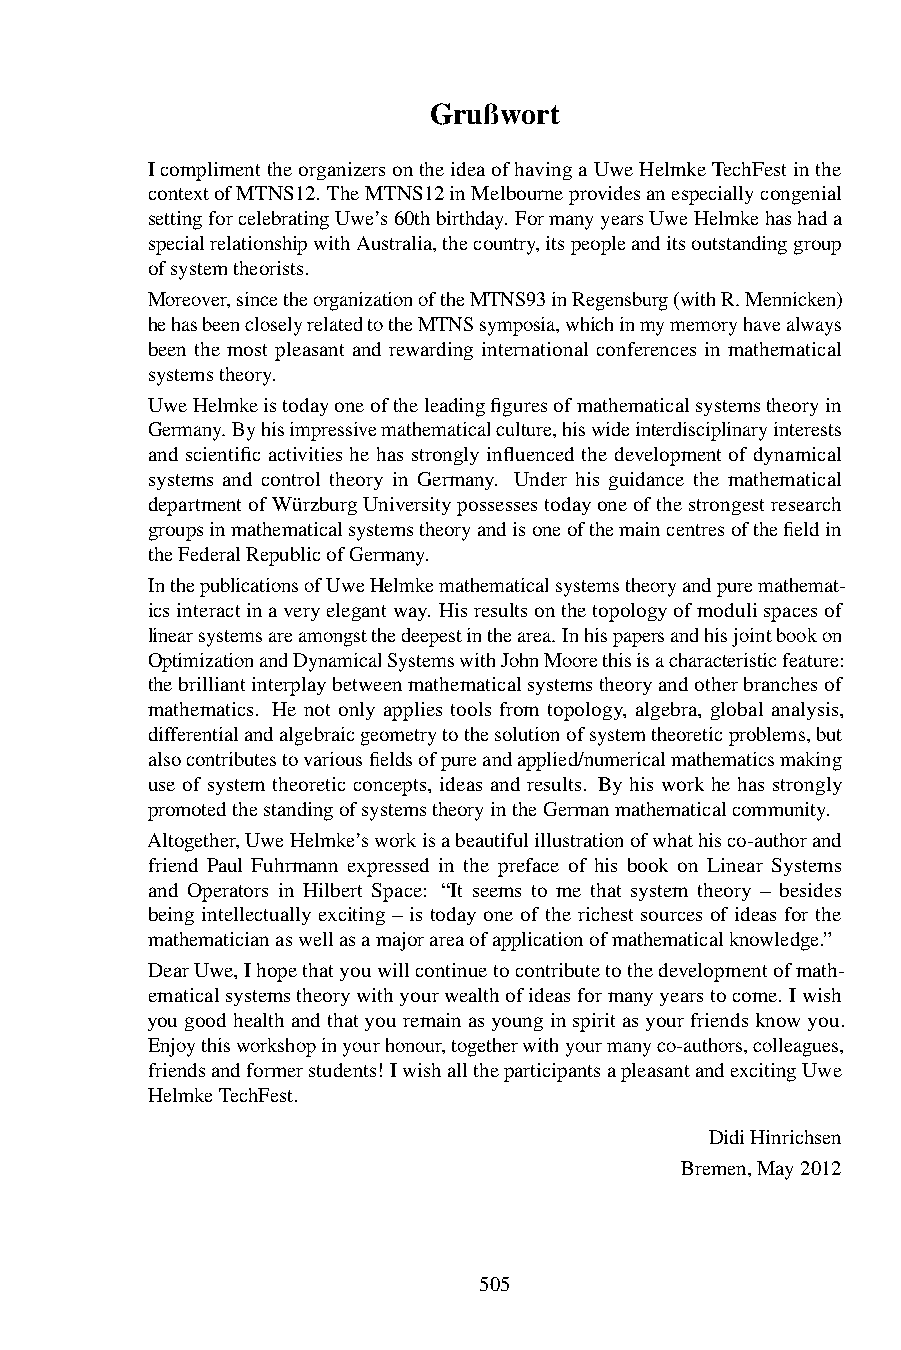
Grußwort
 IcomplimenttheorganizersontheideaofhavingaUweHelmkeTechFestinthe
 contextofMTNS12. TheMTNS12inMelbourneprovidesanespeciallycongenial
 settingforcelebratingUwe’s60thbirthday. FormanyyearsUweHelmkehashada
 specialrelationshipwithAustralia,thecountry,itspeopleanditsoutstandinggroup
 ofsystemtheorists.
 Moreover,sincetheorganizationoftheMTNS93inRegensburg(withR.Mennicken)
 hehasbeencloselyrelatedtotheMTNSsymposia,whichinmymemoryhavealways
 been the most pleasant and rewarding international conferences in mathematical
 systemstheory.
 UweHelmkeistodayoneoftheleadingfiguresofmathematicalsystemstheoryin
 Germany. Byhisimpressivemathematicalculture,hiswideinterdisciplinaryinterests
 and scientific activities he has strongly influenced the development of dynamical
 systems and control theory in Germany. Under his guidance the mathematical
 departmentofWürzburgUniversitypossessestodayoneofthestrongestresearch
 groupsinmathematicalsystemstheoryandisoneofthemaincentresofthefieldin
 theFederalRepublicofGermany.
 InthepublicationsofUweHelmkemathematicalsystemstheoryandpuremathemat-
 icsinteractinaveryelegantway. Hisresultsonthetopologyofmodulispacesof
 linearsystemsareamongstthedeepestinthearea. Inhispapersandhisjointbookon
 OptimizationandDynamicalSystemswithJohnMoorethisisacharacteristicfeature:
 thebrilliantinterplaybetweenmathematicalsystemstheoryandotherbranchesof
 mathematics. He not only applies tools from topology, algebra, global analysis,
 differentialandalgebraicgeometrytothesolutionofsystemtheoreticproblems,but
 alsocontributestovariousfieldsofpureandapplied/numericalmathematicsmaking
 use of system theoretic concepts, ideas and results. By his work he has strongly
 promotedthestandingofsystemstheoryintheGermanmathematicalcommunity.
 Altogether,UweHelmke’sworkisabeautifulillustrationofwhathisco-authorand
 friend Paul Fuhrmann expressed in the preface of his book on Linear Systems
 and Operators in Hilbert Space: “It seems to me that system theory – besides
 being intellectually exciting – is today one of the richest sources of ideas for the
 mathematicianaswellasamajorareaofapplicationofmathematicalknowledge.”
 DearUwe,Ihopethatyouwillcontinuetocontributetothedevelopmentofmath-
 ematicalsystemstheorywithyourwealthofideasformanyyearstocome. Iwish
 yougoodhealthandthatyouremainasyounginspiritasyourfriendsknowyou.
 Enjoythisworkshopinyourhonour,togetherwithyourmanyco-authors,colleagues,
 friendsandformerstudents! IwishalltheparticipantsapleasantandexcitingUwe
 HelmkeTechFest.
 DidiHinrichsen
 Bremen,May2012
 505